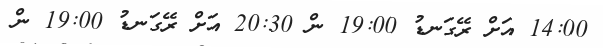
14:00 އަށް ރޭގަނޑު 19:00 ން 20:30 އަށް ރޭގަނޑު 19:00 ން